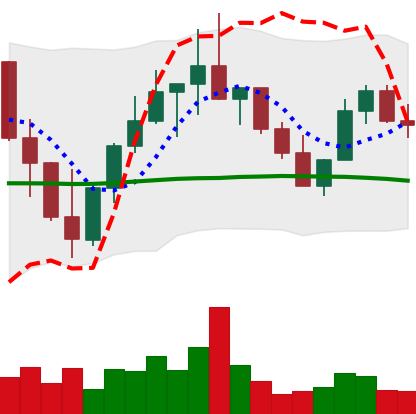
Ticker: LINK-USD
Chart end date: 2022-10-07
Forward return: -6.001%
Label: down_5_7